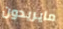
مايريدون